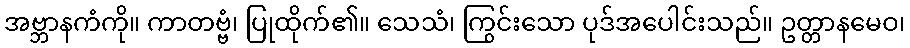
အဗ္ဘာနကံကို။ ကာတဗ္ဗံ၊ ပြုထိုက်၏။ သေသံ၊ ကြွင်းသော ပုဒ်အပေါင်းသည်။ ဥတ္တာနမေဝ၊